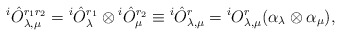
\begin{align*}{}^{i}\hat{O}^{r_{1}r_{2}}_{\lambda,\mu}={}^{i}\hat{O}^{r_{1}}_{\lambda}\otimes{}^{i}\hat{O}^{r_{2}}_{\mu}\equiv{}^{i}\hat{O}^{r}_{\lambda,\mu}={}^{i}O^{r}_{\lambda,\mu}(\alpha_{\lambda}\otimes \alpha_{\mu}),\end{align*}